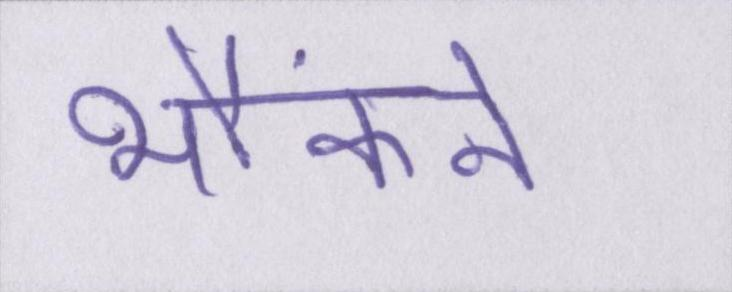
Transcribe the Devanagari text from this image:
भौंकने